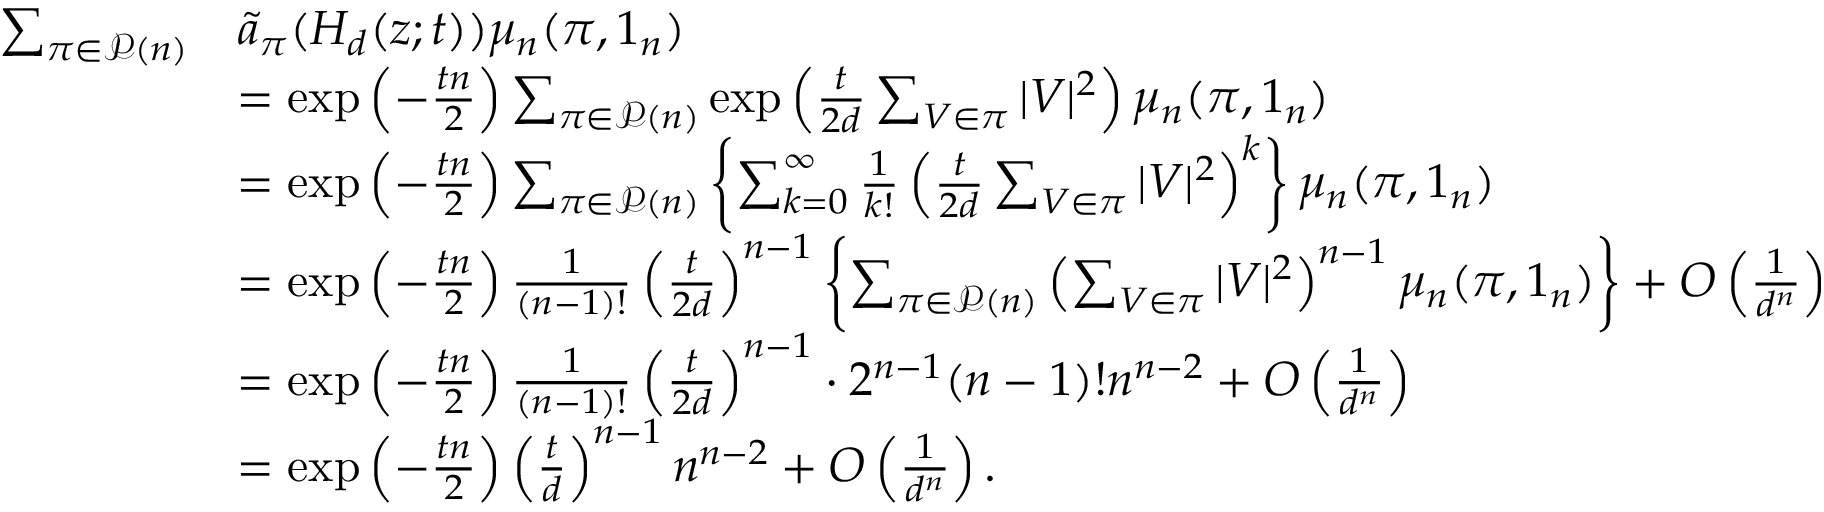
\begin{array} { r l } { \sum _ { \pi \in \mathcal { P } ( n ) } } & { \widetilde { a } _ { \pi } ( H _ { d } ( z ; t ) ) \mu _ { n } ( \pi , 1 _ { n } ) } \\ & { = \exp \left( - \frac { t n } { 2 } \right) \sum _ { \pi \in \mathcal { P } ( n ) } \exp \left( \frac { t } { 2 d } \sum _ { V \in \pi } | V | ^ { 2 } \right) \mu _ { n } ( \pi , 1 _ { n } ) } \\ & { = \exp \left( - \frac { t n } { 2 } \right) \sum _ { \pi \in \mathcal { P } ( n ) } \left\{ \sum _ { k = 0 } ^ { \infty } \frac { 1 } { k ! } \left( \frac { t } { 2 d } \sum _ { V \in \pi } | V | ^ { 2 } \right) ^ { k } \right\} \mu _ { n } ( \pi , 1 _ { n } ) } \\ & { = \exp \left( - \frac { t n } { 2 } \right) \frac { 1 } { ( n - 1 ) ! } \left( \frac { t } { 2 d } \right) ^ { n - 1 } \left\{ \sum _ { \pi \in \mathcal { P } ( n ) } \left( \sum _ { V \in \pi } | V | ^ { 2 } \right) ^ { n - 1 } \mu _ { n } ( \pi , 1 _ { n } ) \right\} + O \left( \frac { 1 } { d ^ { n } } \right) } \\ & { = \exp \left( - \frac { t n } { 2 } \right) \frac { 1 } { ( n - 1 ) ! } \left( \frac { t } { 2 d } \right) ^ { n - 1 } \cdot 2 ^ { n - 1 } ( n - 1 ) ! n ^ { n - 2 } + O \left( \frac { 1 } { d ^ { n } } \right) } \\ & { = \exp \left( - \frac { t n } { 2 } \right) \left( \frac { t } { d } \right) ^ { n - 1 } n ^ { n - 2 } + O \left( \frac { 1 } { d ^ { n } } \right) . } \end{array}